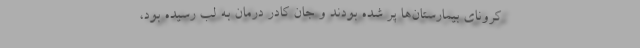
کرونای بیمارستان‌ها پر شده بودند و جان کادر درمان به لب رسیده بود،